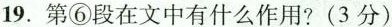
19.第⑥段在文中有什么作用?(3 分)